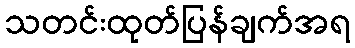
သတင်းထုတ်ပြန်ချက်အရ